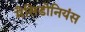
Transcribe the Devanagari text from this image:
मैसिडोनियंस